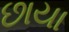
છાયા